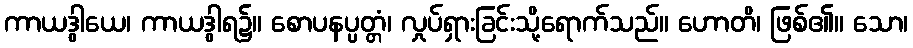
ကာယဒွါယေ၊ ကာယဒွါရ၌။ စောပနပ္ပတ္တံ၊ လှုပ်ရှားခြင်းသို့ရောက်သည်။ ဟောတိ၊ ဖြစ်၏။ သော၊